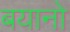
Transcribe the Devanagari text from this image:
बयानो